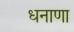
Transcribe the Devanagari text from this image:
धनाणा